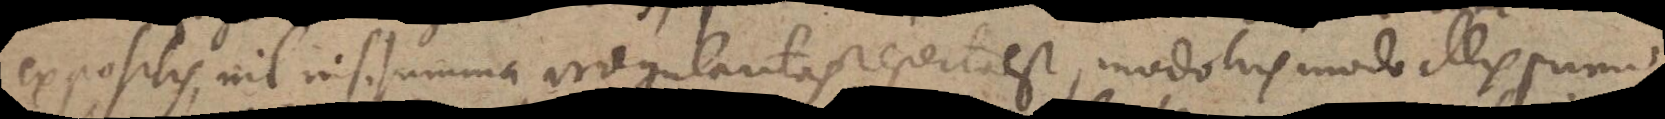
expositis, nil nisi summa irregularitas reperta est, modo his modo illis primo